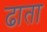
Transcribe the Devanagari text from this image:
ढाता